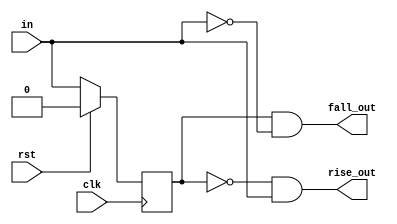
module edge_detect_6(
    input clk,
    input rst,
    input in,
    output rise_out,  
    output fall_out); 
reg in_reg;
always@(posedge clk)begin
   if(rst)begin
      in_reg <= 1'b0;
   end else begin
      in_reg <= in;
   end
end
assign rise_out = ~in_reg & in; 
assign fall_out = in_reg & ~in; 
endmodule